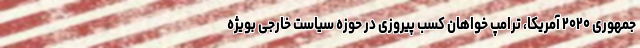
جمهوری ۲۰۲۰ آمریکا، ترامپ خواهان کسب پیروزی در حوزه سیاست خارجی بویژه